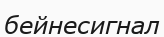
бейнесигнал